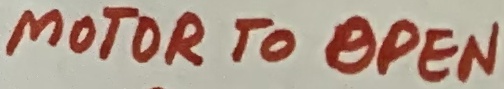
Text: MOTOR TO OPEN